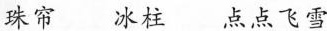
珠帘 冰柱 点点飞雪